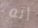
أنه